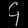
Digit: ၄